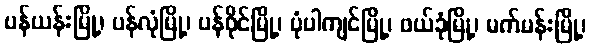
ပန်ယန်းမြို့၊ ပန်လုံမြို့၊ ပန်ဝိုင်မြို့၊ ပုံပါကျင်မြို့၊ ဖယ်ခုံမြို့၊ မက်မန်းမြို့၊